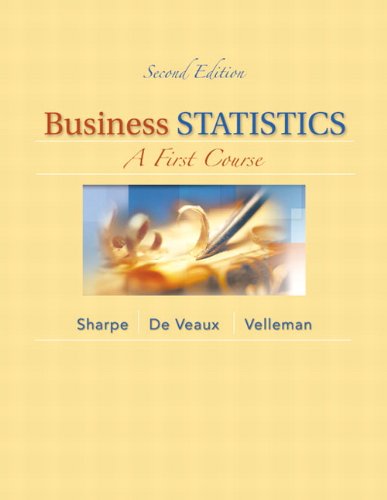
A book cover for Business Statistics: A First Course (2nd Edition); Norean R. Sharpe; Business & Money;